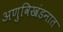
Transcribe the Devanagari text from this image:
अणुविखंडनात